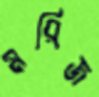
মরিজ